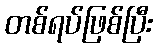
တစ်ရပ်ဖြစ်ပြီး